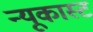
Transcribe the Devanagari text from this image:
न्यूकास्ट